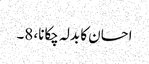
احسان کا بدلہ چکانا، 8۔